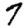
Digit: 7